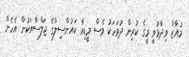
މުއާޒް ވިދާޅުވީ މީގެ ކުރިން ދުވަހަކު ވެސް މީޑިއާ ކައުންސިލްގެ ޖަލްސާއަކުން އެހެން